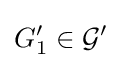
G_{1}^{\prime }\in {\mathcal {G}}^{\prime }